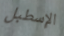
الإسطبل